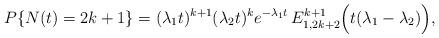
LaTeX: \begin{align*}P\{N(t) = 2k+1\} = (\lambda_1 t)^{k+1} (\lambda_2 t)^k e^{-\lambda_1 t}\,E^{k+1}_{1,2k+2}\Bigl(t(\lambda_1-\lambda_2) \Bigr),\end{align*}